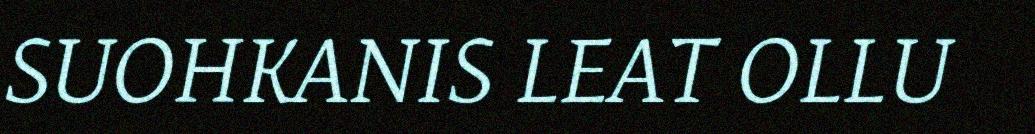
SUOHKANIS LEAT OLLU